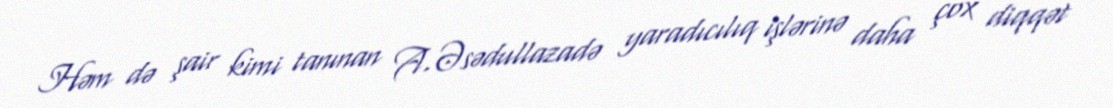
Həm də şair kimi tanınan A.Əsədullazadə yaradıcılıq işlərinə daha çox diqqət